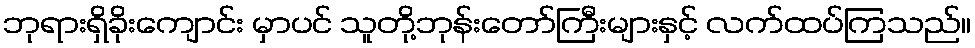
ဘုရားရှိခိုးကျောင်း မှာပင် သူတို့ဘုန်းတော်ကြီးများနှင့် လက်ထပ်ကြသည်။